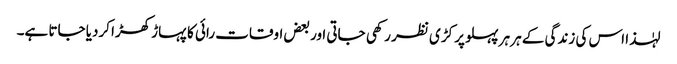
لہٰذا اس کی زندگی کے ہر ہر پہلو پر کڑی نظر رکھی جاتی اور بعض اوقات رائی کا پہاڑ کھڑا کردیا جاتا ہے۔